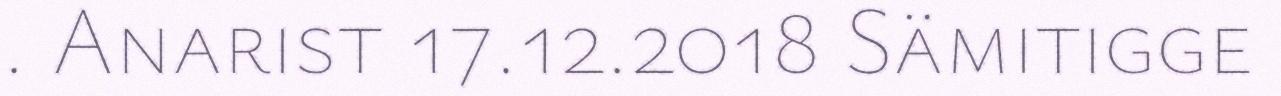
. Anarist 17.12.2018 Sämitigge